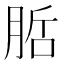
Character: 𭨷